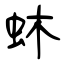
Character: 蚞